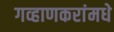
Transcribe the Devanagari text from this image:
गव्हाणकरांमधे